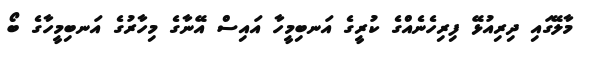
މާލޭގައި ދިރިއުޅޭ ފިރިހެނެއްގެ ކުރީގެ އަނބިމީހާ އައިސް އޭނާގެ މިހާރުގެ އަނބިމީހާގެ ބޯ